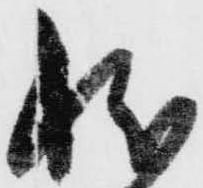
状